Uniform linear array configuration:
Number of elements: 48
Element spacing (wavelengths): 0.25
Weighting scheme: blackman
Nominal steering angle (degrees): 60
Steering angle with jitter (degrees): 60.788
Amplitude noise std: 0.05
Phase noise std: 0.05

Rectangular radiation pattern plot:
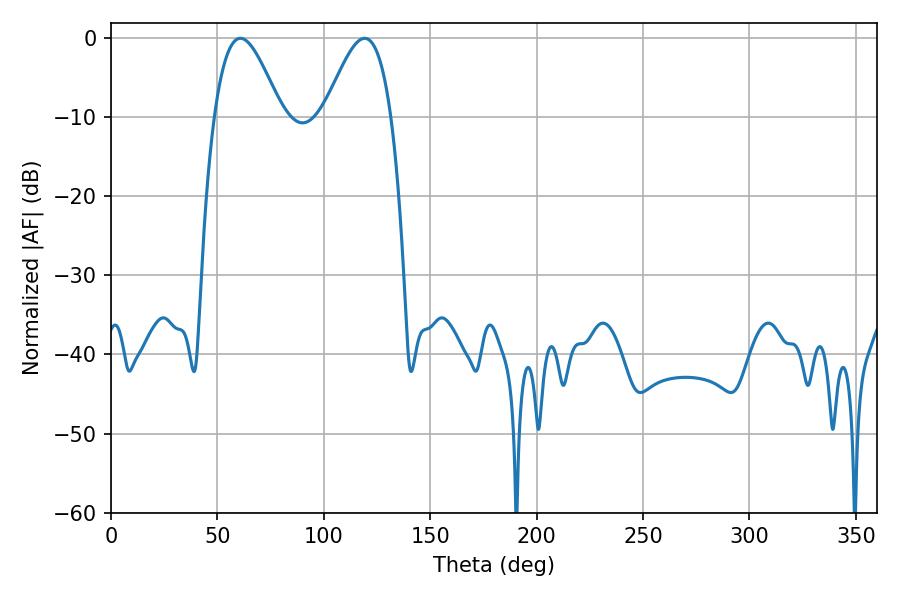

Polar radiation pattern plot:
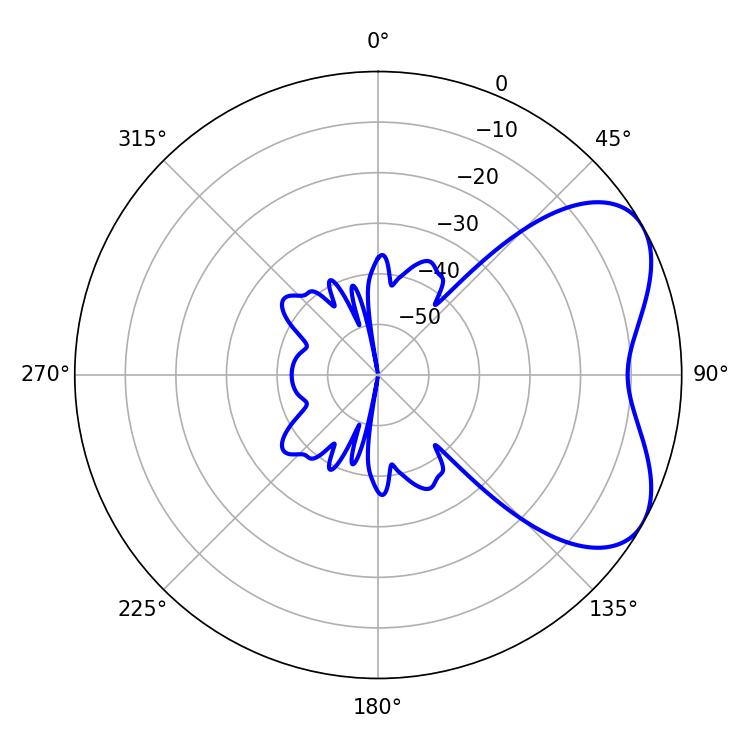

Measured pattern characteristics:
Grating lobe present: FALSE
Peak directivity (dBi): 5.282
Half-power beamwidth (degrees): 16.92
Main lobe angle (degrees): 60.84